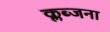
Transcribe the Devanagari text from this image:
क्लब्जना